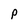
Character: p